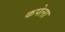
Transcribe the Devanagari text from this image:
कपेला